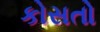
કોસતો